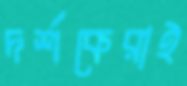
দর্শকেরাই